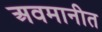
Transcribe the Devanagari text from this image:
अवमानीत